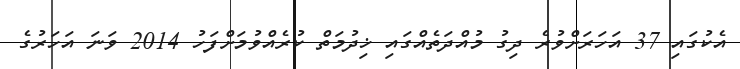
އެކުގައި 37 އަހަރަށްވުރެ ދިގު މުއްދަތެއްގައި ޚިދުމަތް ކުރެއްވުމަށްފަހު 2014 ވަނަ އަހަރުގެ